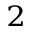
^ 2